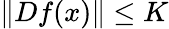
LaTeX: \| Df(x)\| \leq K